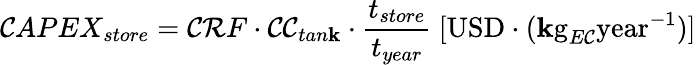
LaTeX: \mathcal{C}APEX_{store}=\mathcal{C}\mathcal{R}F\cdot\mathcal{C}\mathcal{C}_{tan\mathbf{k}}\cdot\frac{{t_{store}}}{{t_{year}}}\ [\mathrm{{USD}}\cdot(\mathrm{{\mathbf{k}g}}_{E\mathcal{C}}\mathrm{{year}}^{-1})]